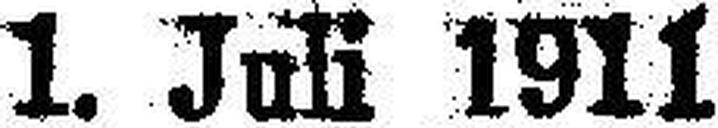
1. Juli 1911